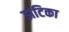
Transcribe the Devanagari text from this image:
झटिका